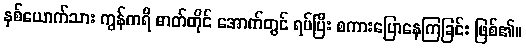
နှစ်ယောက်သား ကွန်ကရိ ဓာတ်တိုင် အောက်တွင် ရပ်ပြီး စကားပြောနေကြခြင်း ဖြစ်၏။